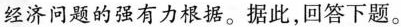
经济问题的强有力根据。据此，回答下题。